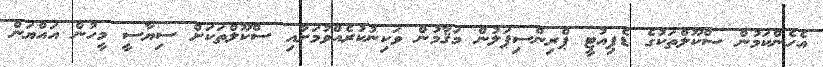
އެހެންކަމުން ސްކޫލްތަކުގެ ޑެޕިއުޓީ ޕްރިންސިޕަލުން މަޤާމުން ވަކިނުކުރެއްވުމަށާއި ސްކޫލްތަކަށް ސިޔާސީ މީހުން އައްޔަން